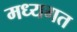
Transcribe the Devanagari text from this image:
मध्यगत